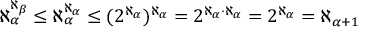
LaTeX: \aleph _ { \alpha } ^ { \aleph _ { \beta } } \leq \aleph _ { \alpha } ^ { \aleph _ { \alpha } } \leq ( 2 ^ { \aleph _ { \alpha } } ) ^ { \aleph _ { \alpha } } = 2 ^ { \aleph _ { \alpha } \cdot \aleph _ { \alpha } } = 2 ^ { \aleph _ { \alpha } } = \aleph _ { \alpha + 1 }